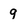
Character: g